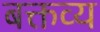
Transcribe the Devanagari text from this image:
बक्तव्य